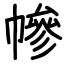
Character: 幓